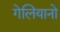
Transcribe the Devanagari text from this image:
गेलियानो